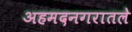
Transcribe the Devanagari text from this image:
अहमदनगरातले